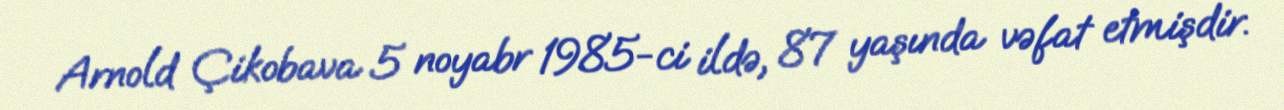
Arnold Çikobava 5 noyabr 1985-ci ildə, 87 yaşında vəfat etmişdir.